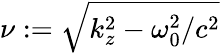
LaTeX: \nu:=\sqrt{k_{z}^{2}-\omega_{0}^{2}/c^{2}}